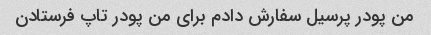
من پودر پرسیل سفارش دادم برای من پودر تاپ فرستادن